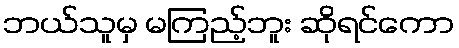
ဘယ်သူမှ မကြည့်ဘူး ဆိုရင်ကော